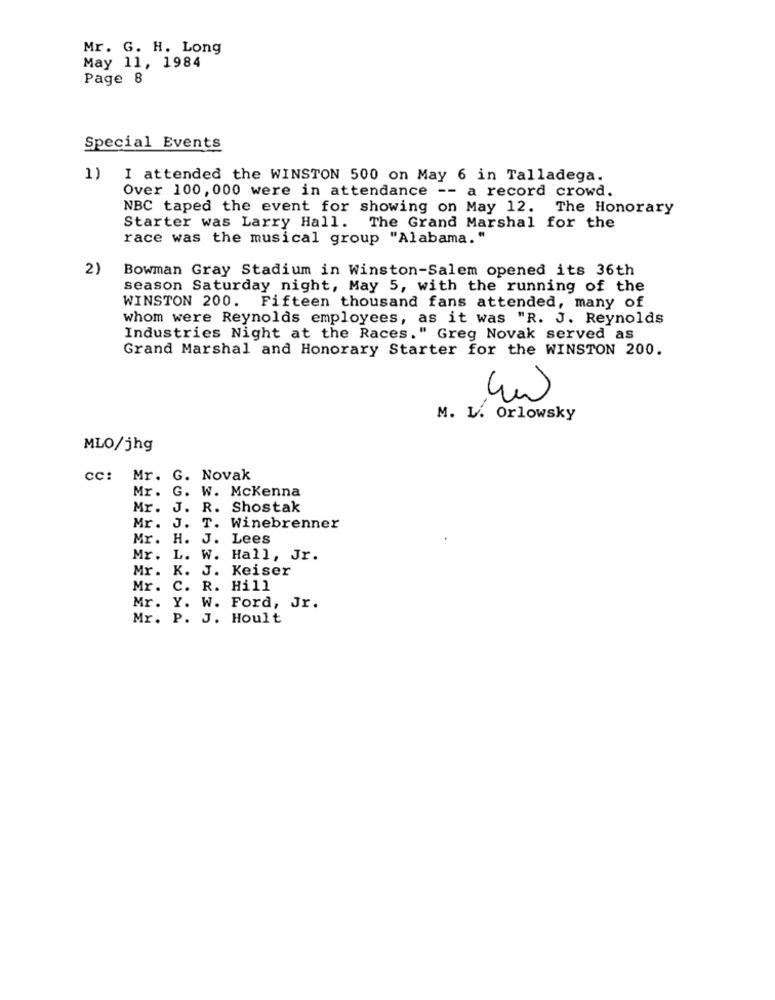
Mr. G. H. Long
May 11, 1984
Page 8
Special Events
1)
I attended the WINSTON 500 on May 6 in Talladega.
Over 100,000 were in attendance -- a record crowd.
NBC taped the event for showing on May 12. The Honorary
Starter was Larry Hall. The Grand Marshal for the
race was the musical group "Alabama. "
2)
Bowman Gray Stadium in Winston-Salem opened its 36th
season Saturday night, May 5, with the running of the
WINSTON 200. Fifteen thousand fans attended, many of
whom were Reynolds employees, as it was "R. J. Reynolds
Industries Night at the Races." Greg Novak served as
Grand Marshal and Honorary Starter for the WINSTON 200.
M. L. Orlowsky
MLO/jhg
cc: Mr. G. Novak
Mr. G. W. Mckenna
Mr. J. R. Shostak
Mr. J. T. Winebrenner
Mr. H. J. Lees
Mr. L. W. Hall, Jr.
Mr. K. J. Keiser
Mr. C.
R. Hill
Mr. Y. W. Ford, Jr.
Mr. P. J. Hoult